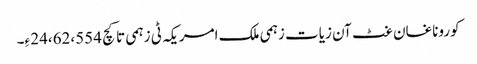
کوروناغان غٹ آن زیات زہمی ملک امریکہ ٹی زہمی تا کچ 24،62،554 ءِ۔